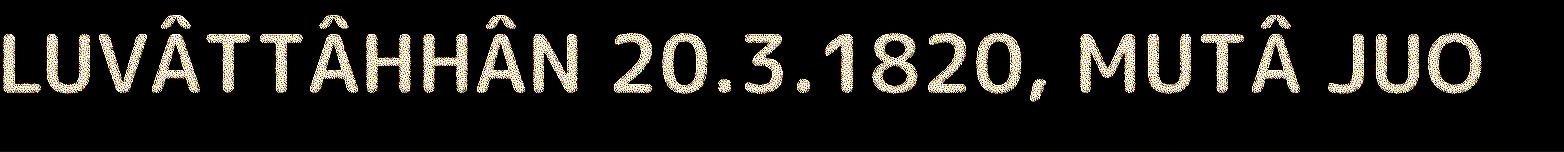
LUVÂTTÂHHÂN 20.3.1820, MUTÂ JUO